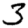
Digit: 3